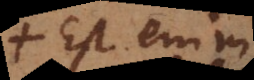
est enim